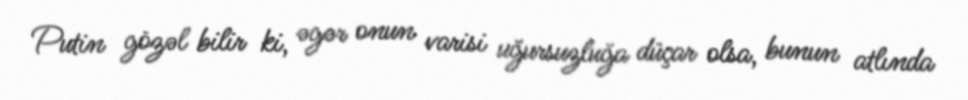
Putin gözəl bilir ki, əgər onun varisi uğursuzluğa düçar olsa, bunun atlında